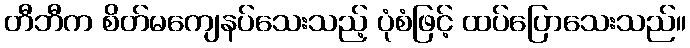
တီဘီက စိတ်မကျေနပ်သေးသည့် ပုံစံဖြင့် ထပ်ပြောသေးသည်။